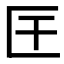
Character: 𭅖